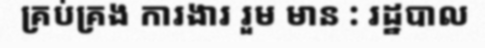
គ្រប់គ្រង ការងារ រួម មាន : រដ្ឋបាល